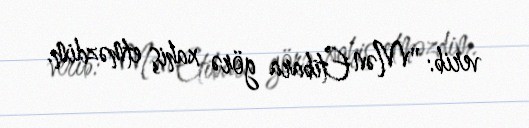
verib: "Mən Etibara görə xahiş etməzdim.